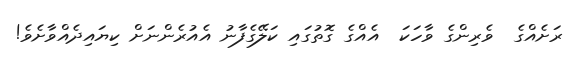
ރަށެއްގެ  ވެރިންގެ ވާހަކަ  އެއްގެ ގޮތުގައި ކަލޭގެފާނު އެއުރެންނަށް ކިޔައިދެއްވާށެވެ!